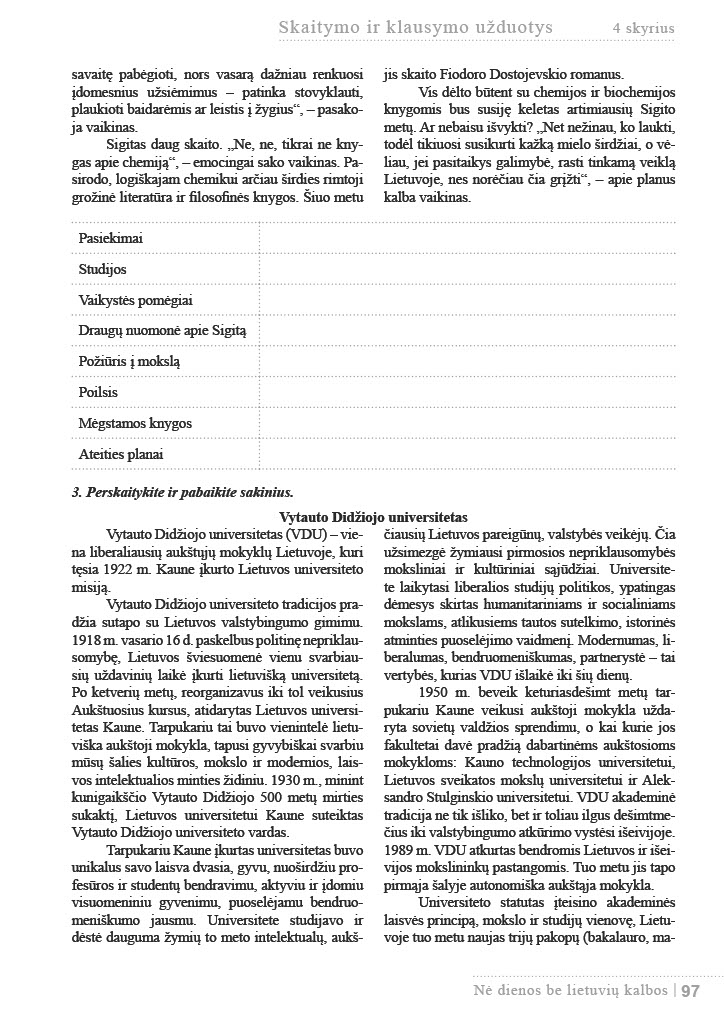
Language: lt